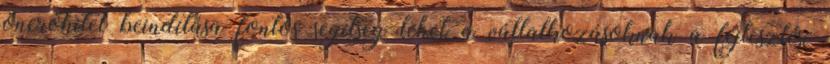
önerőhitel beindítása fontos segítség lehet a vállalkozásoknak a fejlesztési